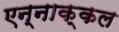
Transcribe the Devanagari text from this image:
एन्नाक्कल